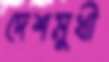
দেশমুখী